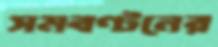
সমবণ্টনের